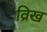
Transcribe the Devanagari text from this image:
व्रिख